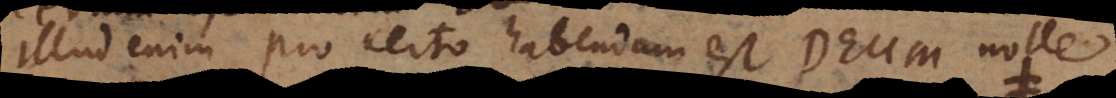
Illud enim pro certo habendum est Deum nol